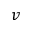
\boldsymbol { v }